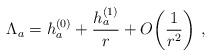
LaTeX: \begin{align*}\Lambda_a= h_a^{(0)}+{h_a^{(1)}\over r}+O\!\left({1\over r^2}\right)\,,\end{align*}